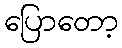
ပြောတော့